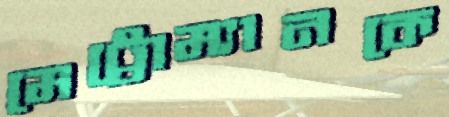
মেট্রোম্যানকে